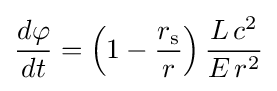
{\frac {d\varphi }{dt}}=\left(1-{\frac {r_{\text{s}}}{r}}\right){\frac {L\,c^{2}}{E\,r^{2}}}